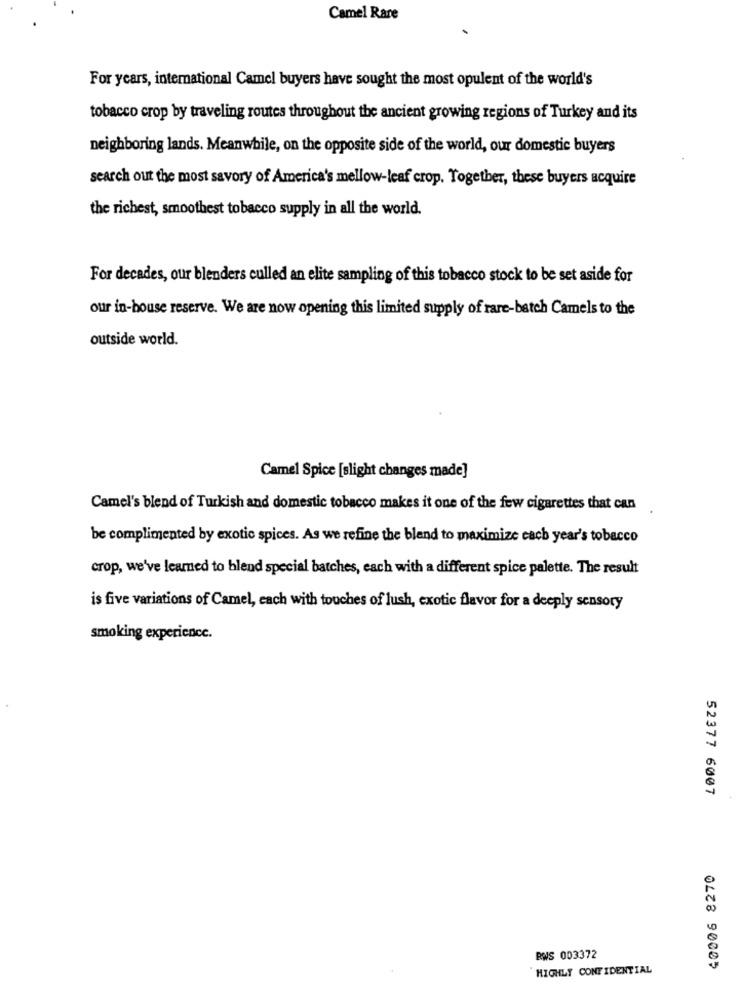
Camel Rare
For years, international Camel buyers have sought the most opulent of the world's
tobacco crop by traveling routes throughout the ancient growing regions of Turkey and its
neighboring lands. Meanwhile, on the opposite side of the world, our domestic buyers
search out the most savory of America's mellow-leaf crop. Together, these buyers acquire
the richest, smoothest tobacco supply in all the world.
For decades, our blenders culled an elite sampling of this tobacco stock to be set aside for
our in-house reserve. We are now opening this limited supply of rare-batch Camels to the
outside world.
Camel Spice [slight changes made]
Camel's blend of Turkish and domestic tobacco makes it one of the few cigarettes that can
be complimented by exotic spices. As we refine the blend to maximize cach year's tobacco
crop, we've learned to blend special batches, each with a different spice palette. The result
is five variations of Camel, each with touches of lush, exotic flavor for a deeply sensory
smoking experience.
52377 6007
40006 8270
RWS 003372
HIGHLY CONFIDENTIAL